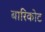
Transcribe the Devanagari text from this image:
बारिकोट